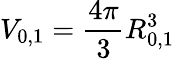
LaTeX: V_{0,1}=\frac{4\pi}{3}R_{0,1}^{3}